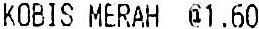
KOBIS MERAH @1.60